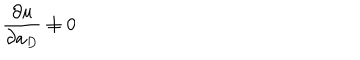
LaTeX: \frac { \partial u } { \partial a _ { D } } \neq 0